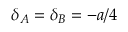
\delta _ { A } = \delta _ { B } = - a / 4